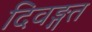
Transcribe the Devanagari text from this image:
दिवङ्गत